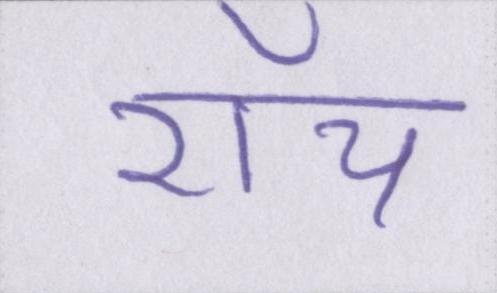
रॉय